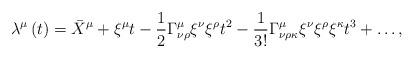
LaTeX: \begin{align*}\lambda^\mu \left( t\right) = \bar{X}^\mu +\xi^\mu t -\frac{1}{2}\Gamma^{\mu}_{\nu\rho} \xi^\nu\xi^\rho t^2 -\frac{1}{3!}\Gamma^\mu_{\nu\rho\kappa}\xi^\nu\xi^\rho\xi^\kappa t^3 +\ldots ,\end{align*}